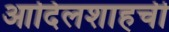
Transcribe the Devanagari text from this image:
आदिलशाहची